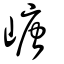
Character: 嵣